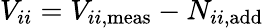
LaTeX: V_{ii}=V_{ii,\mathrm{meas}}-N_{ii,{\textrm{add}}}